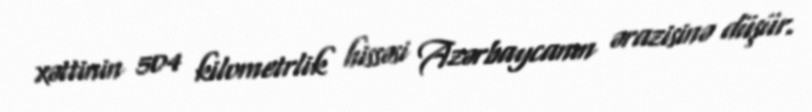
xəttinin 504 kilometrlik hissəsi Azərbaycanın ərazisinə düşür.